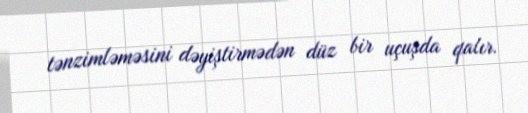
tənzimləməsini dəyiştirmədən düz bir uçuşda qalır.